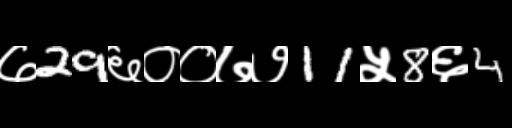
Text: ७29६००७७11५8६4